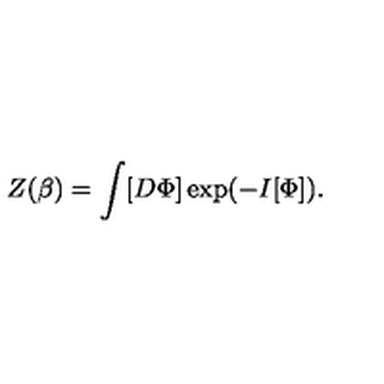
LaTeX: Z ( \beta ) = \int [ D \Phi ] \exp ( - I [ \Phi ] ) .